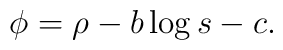
\phi = \rho - b\log s - c.